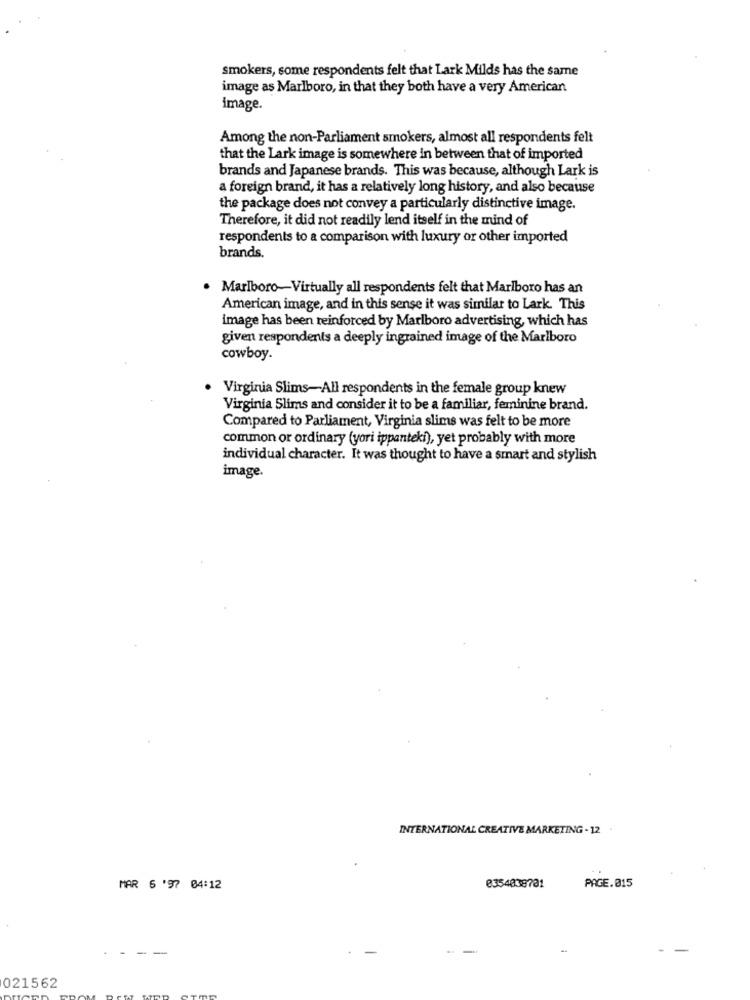
smokers, some respondents felt that Lark Milds has the same
image as Marlboro, in that they both have a very American
image.
Among the non-Parliament smokers, almost all respondents felt
that the Lark image is somewhere in between that of imported
brands and Japanese brands. This was because, although Lark is
a foreign brand, it has a relatively long history, and also because
the package does not convey a particularly distinctive image.
Therefore, it did not readily lend itself in the mind of
respondents to a comparison with luxury or other imported
brands.
Marlboro-Virtually all respondents felt that Marlboro has an
American image, and in this sense it was similar to Lark. This
image has been reinforced by Marlboro advertising, which has
given respondents a deeply ingrained image of the Marlboro
cowboy.
Virginia Slims-All respondents in the female group knew
Virginia Slims and consider it to be a familiar, feminine brand.
Compared to Parliament, Virginia slims was felt to be more
common or ordinary (yori ippanteki), yet probably with more
individual character. It was thought to have a smart and stylish
image.
INTERNATIONAL CREATIVE MARKETING - 12 .
PAGE.015
MAR 5 '97 04:12
0354038731
021562